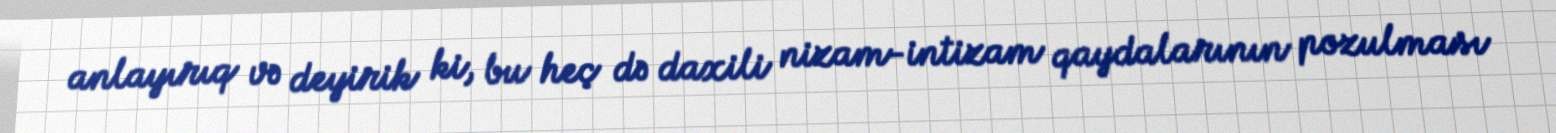
anlayırıq və deyirik ki, bu heç də daxili nizam-intizam qaydalarının pozulması